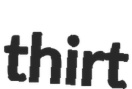
thirt